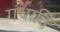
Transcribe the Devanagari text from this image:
गंधादि